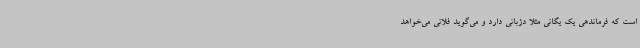
است که فرماندهی یک یگانی مثلاً دژبانی دارد و می‌گوید فلانی می‌خواهد